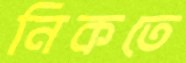
নিকতে